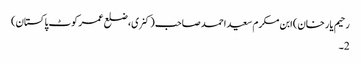
رحیم یار خان) ابن مکرم سعید احمد صاحب (کنری، ضلع عمر کوٹ پاکستان)
2۔